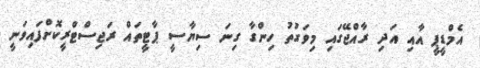
އެމްޑީޕީ އާއި އަދި ރާއްޖޭގައި މިވަގުތު ހިންގާ ގިނަ ސިޔާސީ ޕާޓީތައް ރަޖިސްޓްރީކޮށްފައިވަނީ